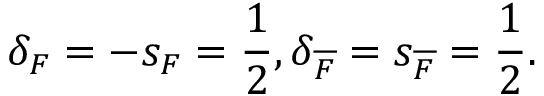
\delta _ { F } = - s _ { F } = \frac { 1 } { 2 } , \delta _ { \overline { { F } } } = s _ { \overline { { F } } } = \frac { 1 } { 2 } .